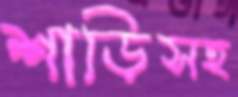
শাড়িসহ